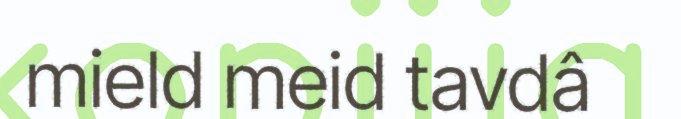
mield meid tavdâ